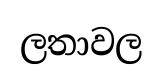
ලතාවල